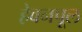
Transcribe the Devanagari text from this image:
हेवनपूल